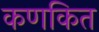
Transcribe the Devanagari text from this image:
कणकित